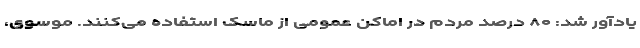
یادآور شد: ۸۰ درصد مردم در اماکن عمومی از ماسک استفاده می‌کنند. موسوی،